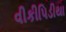
વીકીપિડીયા